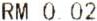
RM 0.02